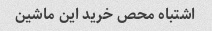
اشتباه محص خرید این ماشین